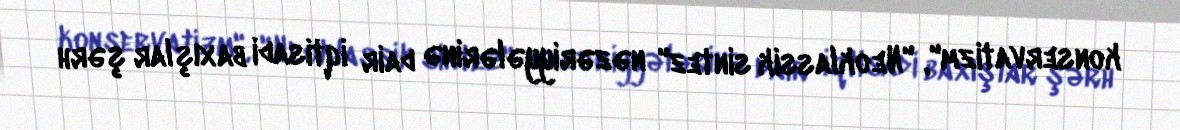
konservatizm", "Neoklassik sintez" nəzəriyyələrinə dair iqtisadi baxışlar şərh